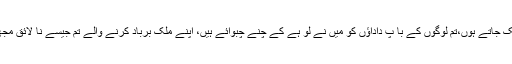
60روپے میں ہی بک جاتے ہوں،تم لوگوں کے با پ داداؤں کو میں نے لو ہے کے چنے چبوائے ہیں، اپنے ملک برباد کرنے والے تم جیسے نا لائق مجھے برباد کریںگے؟